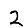
Digit: 2